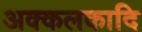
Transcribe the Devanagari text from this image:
अक्कलकादि